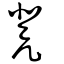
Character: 凳